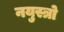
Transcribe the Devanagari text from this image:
नयुस्त्रो